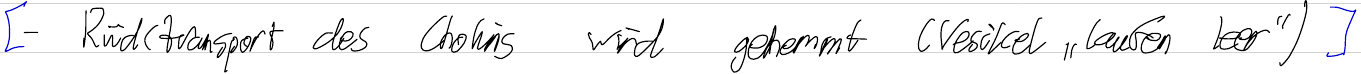
[- Rücktransport des Cholins wird gehemmt (Vesikel "laufen leer") ]